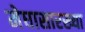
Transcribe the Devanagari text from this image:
मेघासारख्या